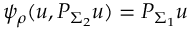
\psi _ { \rho } ( u , P _ { \Sigma _ { 2 } } u ) = P _ { \Sigma _ { 1 } } u